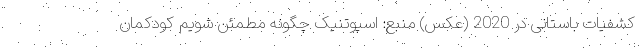
کشفیات باستانی در 2020 (عکس) منبع: اسپوتنیک چگونه مطمئن شویم کودکمان